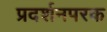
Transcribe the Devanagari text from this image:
प्रदर्शनपरक